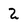
Character: 2